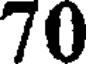
70